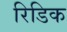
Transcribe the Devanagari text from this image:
रिडिक